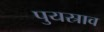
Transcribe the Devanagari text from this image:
पुयस्राव